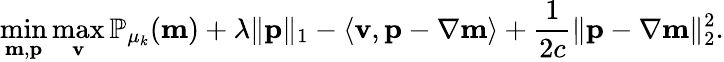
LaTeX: \operatorname*{min}_{\mathbf{m},\mathbf{p}}\operatorname*{max}_{\mathbf{v}}\mathbb{P}_{\mu_{k}}(\mathbf{m})+\lambda\| \mathbf{p}\| _{1}-\left\langle\mathbf{v},\mathbf{p}-\nabla\mathbf{m}\right\rangle+\frac{1}{2c}\| \mathbf{p}-\nabla\mathbf{m}\| _{2}^{2}.